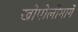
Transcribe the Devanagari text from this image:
खोपोलीमार्गे